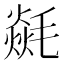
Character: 㲭